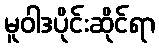
မူဝါဒပိုင်းဆိုင်ရာ